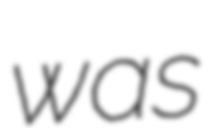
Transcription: was